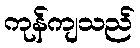
ကုန်ကျသည်